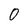
Character: 0